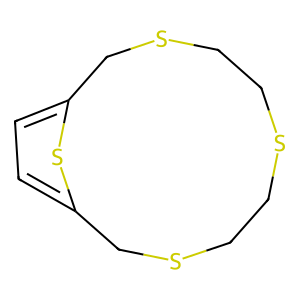
SMILES: c1cc2sc1CSCCSCCSC2
Inhibits HIV replication: No